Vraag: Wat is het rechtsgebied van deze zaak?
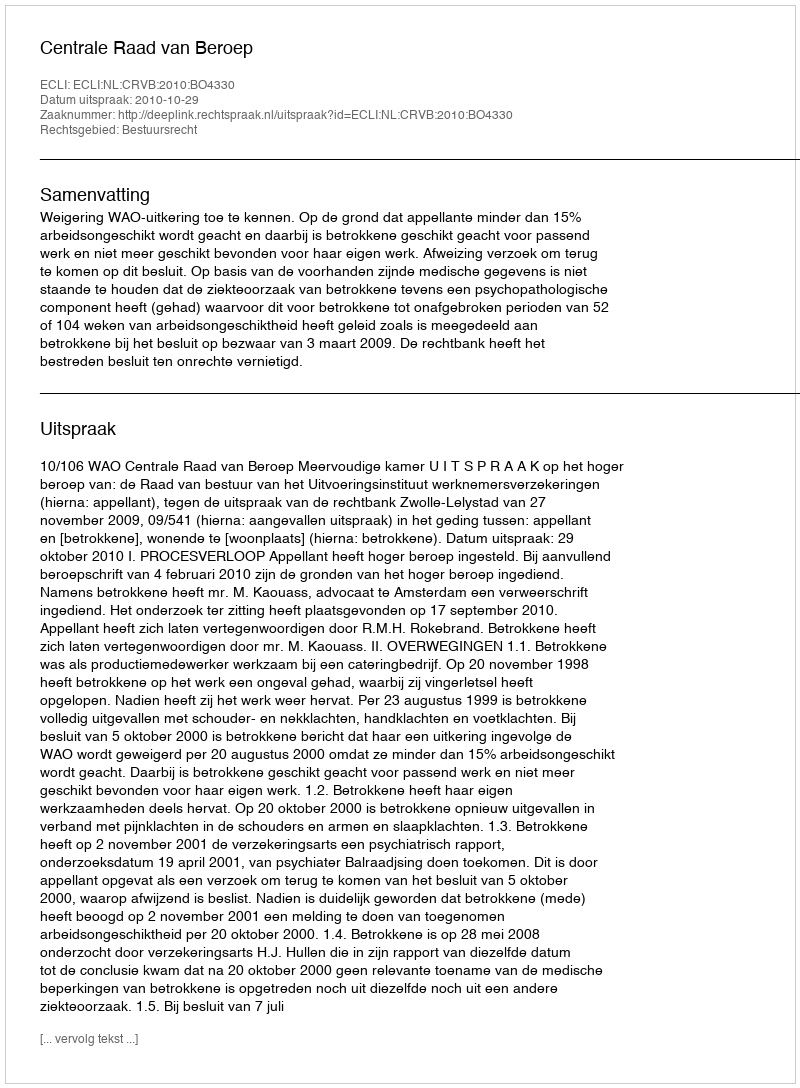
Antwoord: Bestuursrecht